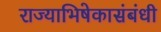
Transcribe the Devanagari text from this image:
राज्याभिषेकासंबंधी